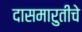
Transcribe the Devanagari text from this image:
दासमारुतीचे